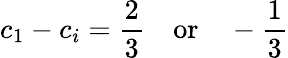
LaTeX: c_{1}-c_{i}=\frac{2}{3}\quad\mathrm{or}\quad-\frac{1}{3}